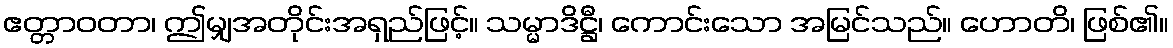
ဧတ္တာဝတာ၊ ဤမျှအတိုင်းအရှည်ဖြင့်။ သမ္မာဒိဋ္ဌီ၊ ကောင်းသော အမြင်သည်။ ဟောတိ၊ ဖြစ်၏။